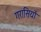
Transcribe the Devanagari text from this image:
गरासियों